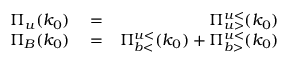
\begin{array} { r l r } { \Pi _ { u } ( k _ { 0 } ) } & { { } = } & { \Pi _ { u > } ^ { u < } ( k _ { 0 } ) } \\ { \Pi _ { B } ( k _ { 0 } ) } & { { } = } & { \Pi _ { b < } ^ { u < } ( k _ { 0 } ) + \Pi _ { b > } ^ { u < } ( k _ { 0 } ) } \end{array}